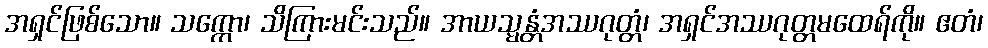
အရှင်ဖြစ်သော။ သက္ကော၊ သိကြားမင်းသည်။ အာယသ္မန္တံအဿဂုတ္တံ၊ အရှင်အဿဂုတ္တမထေရ်ကို။ ဧတံ၊